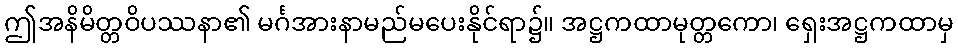
ဤအနိမိတ္တဝိပဿနာ၏ မင်္ဂအားနာမည်မပေးနိုင်ရာ၌။ အဋ္ဌကထာမုတ္တကော၊ ရှေးအဋ္ဌကထာမှ